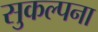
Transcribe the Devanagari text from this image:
सुकल्पना